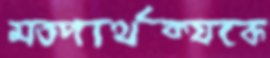
মতপার্থক্যকে